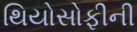
થિયોસોફીની